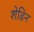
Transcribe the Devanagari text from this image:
शेडिन